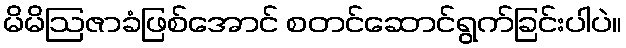
မိမိဩဇာခံဖြစ်အောင် စတင်ဆောင်ရွက်ခြင်းပါပဲ။